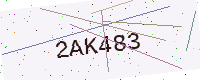
Text: 2AK483